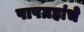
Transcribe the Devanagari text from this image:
पापग्रहांचे